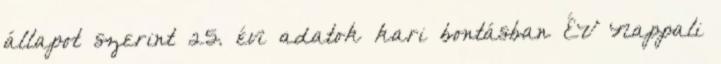
állapot szerint 25. évi adatok kari bontásban ÉV Nappali